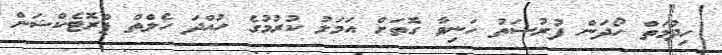
ހިދުމަތް ހޯދަން ފުރުސަތު ހަނިވާ ގޮތަަށް އަމަލު ކުރުމުގެ ހުއްދަ ހެލްތް ޕްރޮޓެކްޝަން